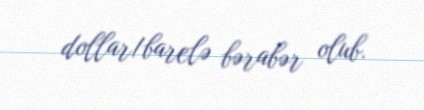
dollar/barelə bərabər olub.